Vaccination United Provinces of Agra and Oudh 1902-1913 - 1902-1913
Year: 1902
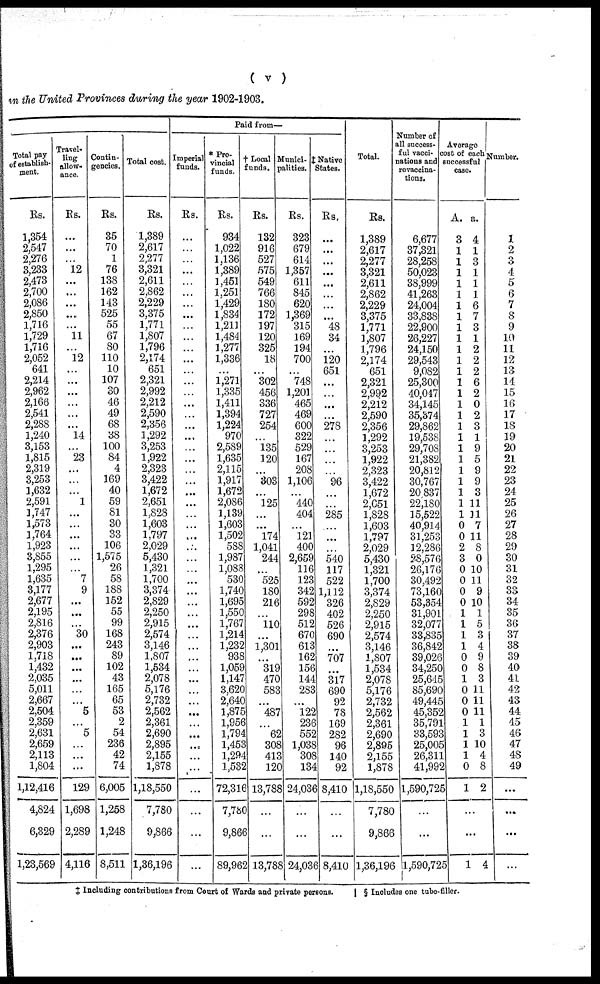
( v )
in the United Provinces during the year 1902-1903.
Total pay
of establish-
ment.
Rs.
1,354
2,547
2,276
3,233
2,473
2,700
2,086
2,850
1,716
1,729
1,716
2,052
641
2,214
2,962
2,166
2,541
2,288
1,240
3,153
1,815
2,319
3,253
1,632
2,591
1,747
1,573
1,764
1,923
3,855
1,295
1,635
3,177
2,677
2,195
2,816
2,376
2,903
1,718
1,432
2,035
5,011
2,667
2,504
2,359
2,631
2,659
2,113
1,804
1,12,416
4,824
6,329
1,23,569
Travel-
ling
allow-
ance.
Rs.
...
...
...
12
...
...
...
....
...
11
...
12
...
...
...
...
...
...
14
...
23
...
...
...
1
...
...
...
...
...
...
7
9
...
...
...
30
...
...
...
...
...
...
5
...
5
...
...
...
129
1,698
2,289
4,116
Contin-
gencies.
Rs.
35
70
1
76
138
162
143
525
55
67
80
110
10
107
30
46
49
68
38
100
84
4
169
40
59
81
30
33
106
1,575
26
58
188
152
55
99
168
243
89
102
43
165
65
53
2
54
236
42
74
6,005
1,258
1,248
8,511
Total cost.
Rs.
1,389
2,617
2,277
3,321
2,611
2,862
2,229
3,375
1,771
1,807
1,796
2,174
651
2,321
2,992
2,212
2,590
2,356
1,292
3,253
1,922
2,323
3,422
1,672
2,651
1,828
1,603
1,797
2,029
5,430
1,321
1,700
3,374
2,829
2,250
2,915
2,574
3,146
1,807
1,534
2,078
5,176
2,732
2,562
2,361
2,690
2,895
2,155
1,878
1,18,550
7,780
9,866
1,36,196
Paid from—
Imperial
funds.
Rs.
...
...
...
...
...
...
...
...
...
...
...
...
...
...
...
...
...
...
...
...
...
...
...
...
...
...
...
...
...
...
...
...
...
...
...
...
...
...
...
...
...
...
...
...
...
...
...
...
...
...
...
...
...
* Pro-
vincial
funds.
Rs.
934
1,022
1,136
1,389
1,451
1,251
1,429
1,834
1,211
1,484
1,277
1,336
...
1,271
1,335
1,411
1,394
1,224
970
2,589
1,635
2,115
1,917
1,672
2,086
1,139
1,603
1,502
588
1,987
1,088
530
1,740
1,695
1,550
1,767
1,214
1,232
938
1,059
1,147
3,620
2,640
1,875
1,956
1,794
1,453
1,294
1,532
72,316
7,780
9,866
89,962
† Local
funds.
Rs.
132
916
527
575
549
766
180
172
197
120
325
18
...
302
456
336
727
254
...
135
120
...
303
...
125
...
...
174
1,041
244
...
525
180
216
...
...
...
1,301
...
319
470
583
...
487
...
62
308
413
120
13,788
...
...
13,788
Munici-
palities.
Rs.
323
679
614
1,357
611
845
620
1,369
315
169
194
700
...
748
1,201
465
469
600
322
529
167
208
1,106
...
440
404
...
121
400
2,659
116
123
342
592
298
512
670
613
162
156
144
283
...
122
236
552
1,038
308
134
24,036
...
...
24,036
‡ Native
States.
Rs.
...
...
...
...
...
...
...
...
48
34
...
120
651
...
...
...
...
278
...
...
...
...
96
...
...
285
...
...
...
540
117
522
1,112
326
402
526
690
...
707
...
317
690
92
78
169
282
96
140
92
8,410
...
...
8,410
Total.
Rs.
1,389
2,617
2,277
3,321
2,611
2,862
2,229
3,375
1,771
1,807
1,796
2,174
651
2,321
2,992
2,212
2,590
2,356
1,292
3,253
1,922
2,323
3,422
1,672
2,651
1,828
1,603
1,797
2,029
5,430
1,321
1,700
3,374
2,829
2,250
2,915
2,574
3,146
1,807
1,534
2,078
5,176
2,732
2,562
2,361
2,690
2,895
2,155
1,878
1,18,550
7,780
9,866
1,36,196
Number of
all success-
ful vacci-
nations and
revaccina-
tions.
6,677
37,321
28,258
50,023
38,999
41,263
24,004
33,838
22,900
26,227
24,150
29,543
9,082
25,300
40,047
34,145
35,374
29,862
19,538
29,708
21,382
20,812
30,767
20,837
22,180
15,522
40,914
31,253
12,286
28,576
26,176
30,492
73,160
53,354
31,901
32,077
33,835
36,842
39,026
34,250
25,645
85,690
49,445
45,352
35,791
33,593
25,005
26,311
41,992
1,590,725
...
...
1,590,725
Average
cost of each
successful
case.
A.
3
1
1
1
1
1
1
1
1
1
1
1
1
1
1
1
1
1
1
1
1
1
1
1
1
1
0
0
2
3
0
0
0
0
1
1
1
1
0
0
1
0
0
0
1
1
1
1
0
1
a.
4
1
3
1
1
1
6
7
3
1
2
2
2
6
2
0
2
3
1
9
5
9
9
3
11
11
7
11
8
0
10
11
9
10
1
5
3
4
9
8
3
11
11
11
1
3
10
4
8
2
...
...
1 4
Number.
1
2
3
4
5
6
7
8
9
10
11
12
13
14
15
16
17
18
19
20
21
22
23
24
25
26
27
28
29
30
31
32
33
34
35
36
37
38
39
40
41
42
43
44
45
46
47
48
49
...
...
...
...
‡ Including contributions from Court of Wards and private persons.
§ Includes one tube-filler.